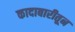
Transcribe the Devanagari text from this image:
कादाबारीतून